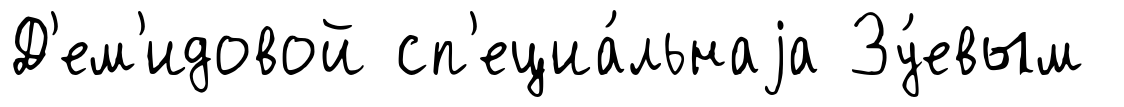
Д'ем'идовой сп'ециа́льнаjа Зу́евым